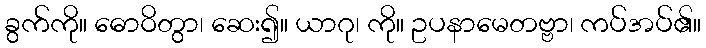
ခွက်ကို။ ဓောဝိတွာ၊ ဆေး၍။ ယာဂု၊ ကို။ ဥပနာမေတဗ္ဗာ၊ ကပ်အပ်၏။